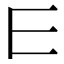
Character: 𰀄